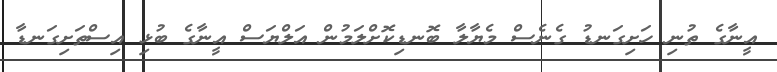
އީނާގެ ތުނި ހަށިގަނޑު ގެނެސް މެޔާލާ ބޮނޑިކޮށްލަމުން އަލްޔަސް އީނާގެ ބުޅި އިސްތަށިގަނޑާ